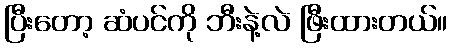
ပြီးတော့ ဆံပင်ကို ဘီးနဲ့လဲ ဖြီးထားတယ်။